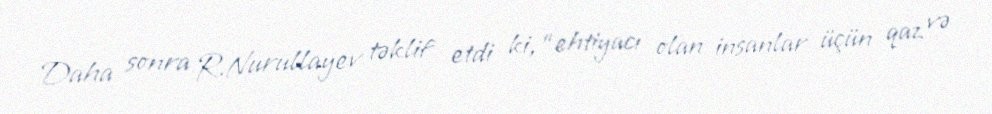
Daha sonra R.Nurullayev təklif etdi ki, “ehtiyacı olan insanlar üçün qaz və